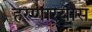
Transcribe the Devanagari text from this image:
हरणार्‍यास